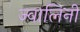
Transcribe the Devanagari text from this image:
ज्वालिनी